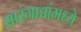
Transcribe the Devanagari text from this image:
सारंगाद्यांमध्ये